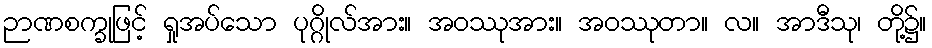
ဉာဏစက္ခုဖြင့် ရှုအပ်သော ပုဂ္ဂိုလ်အား။ အဝဿုအား။ အဝဿုတာ။ လ။ အာဒီသု၊ တို့၌။